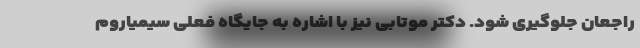
راجعان جلوگیری شود. دکتر موتابی نیز با اشاره به جایگاه فعلی سیمیاروم